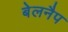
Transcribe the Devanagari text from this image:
बेलनैप